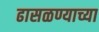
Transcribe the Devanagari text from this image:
ढासळण्याच्या